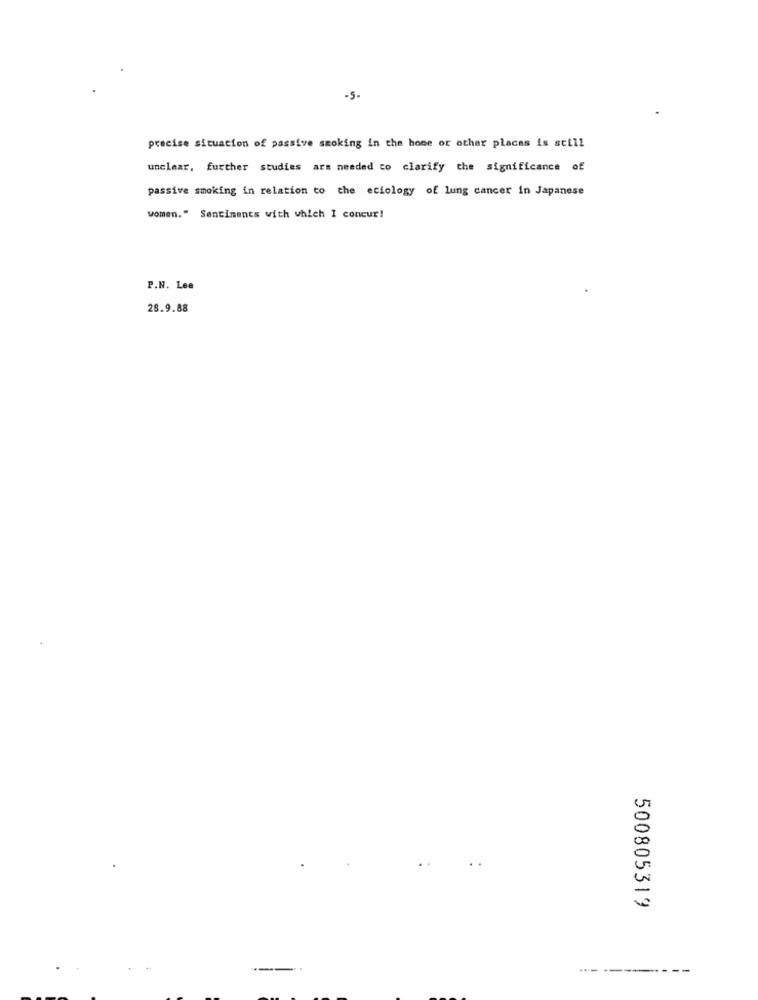
-5-
precise situacion of passive smoking in the home or other places is still
unclear, further studies are needed to clarify the significance of
passive smoking in relation to the eciology of lung cancer in Japanese
women." Sentiments with which I concur!
P.N. Lee
28.9.88
0
00
500805319